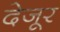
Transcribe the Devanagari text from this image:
देजूर